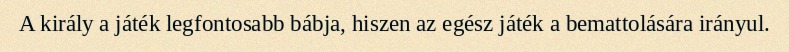
A király a játék legfontosabb bábja, hiszen az egész játék a bemattolására irányul.